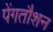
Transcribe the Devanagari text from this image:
पेंगतौशन